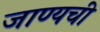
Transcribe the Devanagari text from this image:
जाण्यची